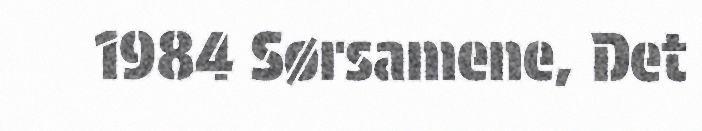
1984 Sørsamene, Det